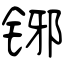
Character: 铘